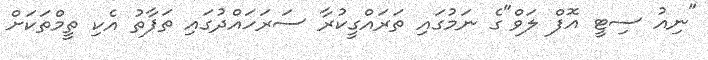
"ނިއު ސިޓީ އޮފް ލަވް"ގެ ނަމުގައި ތަރައްގީކުރާ ސަރަހައްދުގައި ތަފާތު އެކި ތީމްތަކަށް